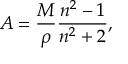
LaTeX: A = { \frac { M } { \rho } } { \frac { n ^ { 2 } - 1 } { n ^ { 2 } + 2 } } ,